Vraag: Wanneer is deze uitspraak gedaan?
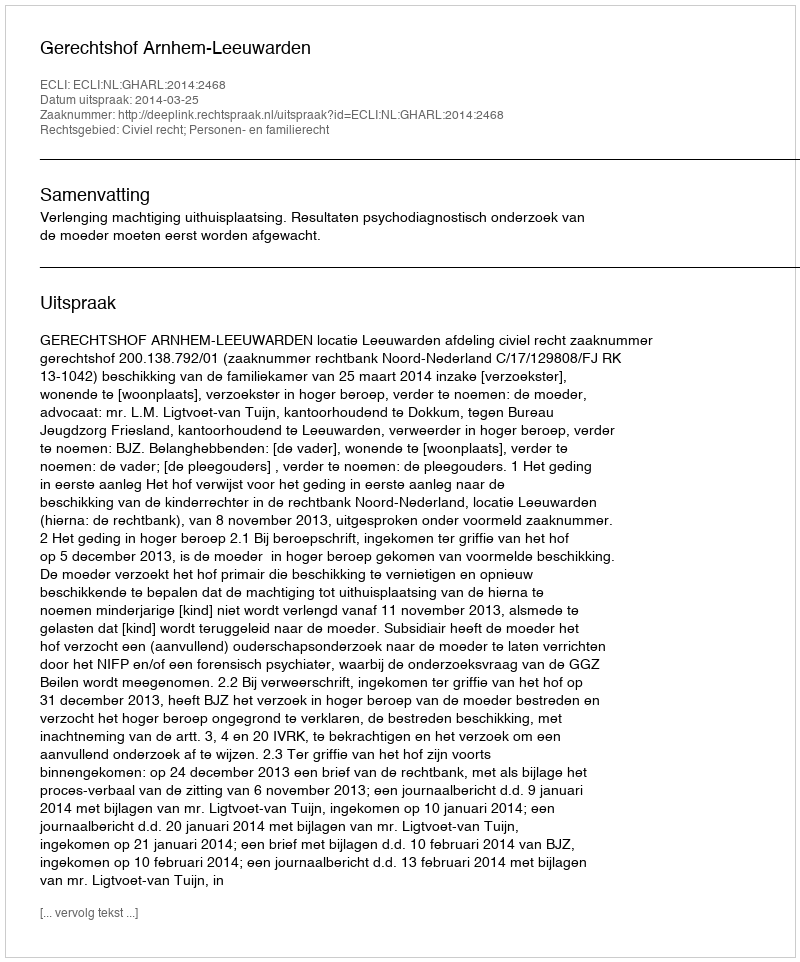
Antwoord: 2014-03-25